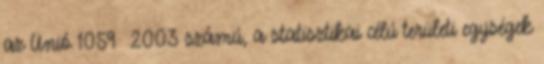
az Unió 1059 2003 számú, a statisztikai célú területi egységek